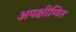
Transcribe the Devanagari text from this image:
अपक्षीणित